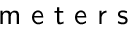
\textsf { m e t e r s }